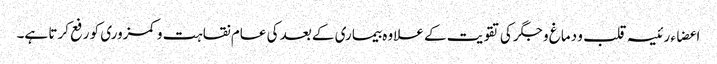
اعضاء رئیسہ قلب و دماغ و جگر کی تقویت کے علاوہ بیماری کے بعد کی عام نقاہت و کمزوری کو رفع کرتا ہے۔